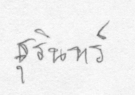
สุรินทร์